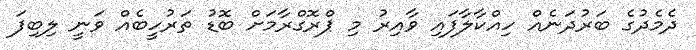
ދެމެދުގެ ބަރުދަނެއް ހިއްކާލާފައި ވާއިރު މި ޕްރޮގްރާމަށް ބޮޑު ތަރުހީބެއް ވަނީ ލިބިފަ